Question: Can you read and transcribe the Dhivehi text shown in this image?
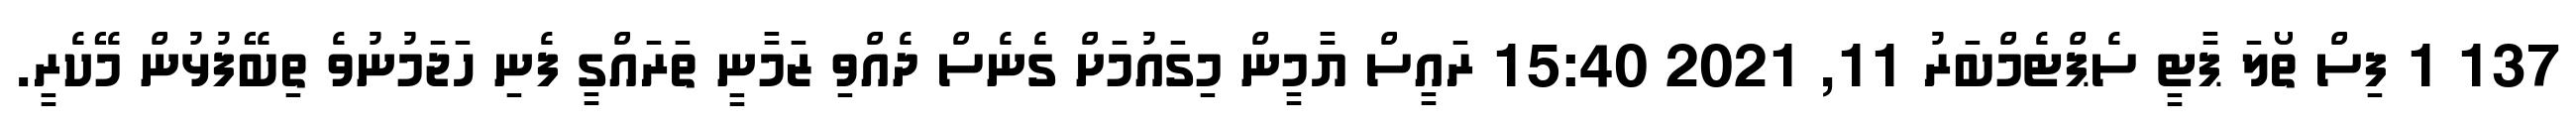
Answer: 137 1 ފިސް ތޯލަ ޕާޓީ ސެޕްޓެމްބަރު 11, 2021 15:40 ރައީސް ޔާމީން މިގައުމަށް ގެނެސް ދެއްވި ޒަމާނީ ތަރައްގީ ފެނި ހަޖަމުނުވެ ތިބޭފުޅުން މޭކެރީ.